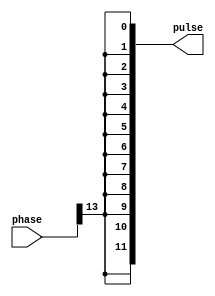
`timescale 1ns / 1ps
/**
 Author: Liam Crowley
 Date: 10/18/2023 12:57:30 PM
 Pulse Output for DDS Algorith
 INPUTS: Phase value
 OUTPUTS: Pulse

 Replicates MSB of phase input value for pulse output
 */


module Pulse
  #(
    parameter n=14,
    parameter m=12
    )
    (
     input [n-1:0]       phase,
     output wire [m-1:0] pulse
     );
    assign pulse = {m{phase[n-1]}};
endmodule